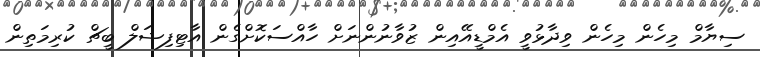
ސިޔާމް މިހެން މިހެން ވިދާޅުވީ އެމްޑީއޭއިން ޒުވާނުންނަށް ހާއްސަކޮށްގެން އާޓިފިޝަލް ބީޗް ކުރިމަތިން